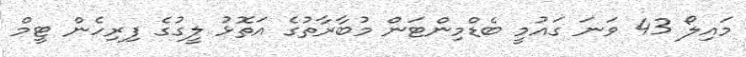
މައިލޯ 43 ވަނަ ގައުމީ ބެޑްމިންޓަން މުބާރާތުގެ އަތޮޅު ލީގުގެ ފިރިހެން ޓީމް